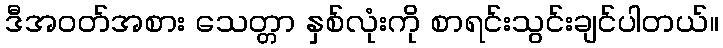
ဒီအဝတ်အစား သေတ္တာ နှစ်လုံးကို စာရင်းသွင်းချင်ပါတယ်။